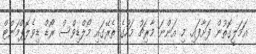
ޢަމަލީގޮތުން ފަށާފައި. މި އަންނަ މާރިޗު މަހުގެ ތެރޭގައި މޯލްޑިވްސް ރޯޑް ޑިވެލޮޕްމަންޓް